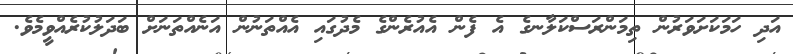
އަދި ހަމަކަށަވަރުން ތިމަންރަސްކަލާނގެ އެ ފެން އެއުރެންގެ މެދުގައި އެއްތަނުން އަނެއްތަނަށް ބަދަލުކުރެއްވީމެވެ.